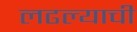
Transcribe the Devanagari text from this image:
लढल्याची